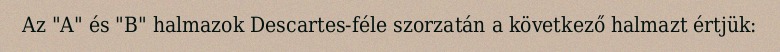
Az "A" és "B" halmazok Descartes-féle szorzatán a következő halmazt értjük: